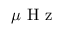
\mu \mathrm { ~ H ~ z ~ }